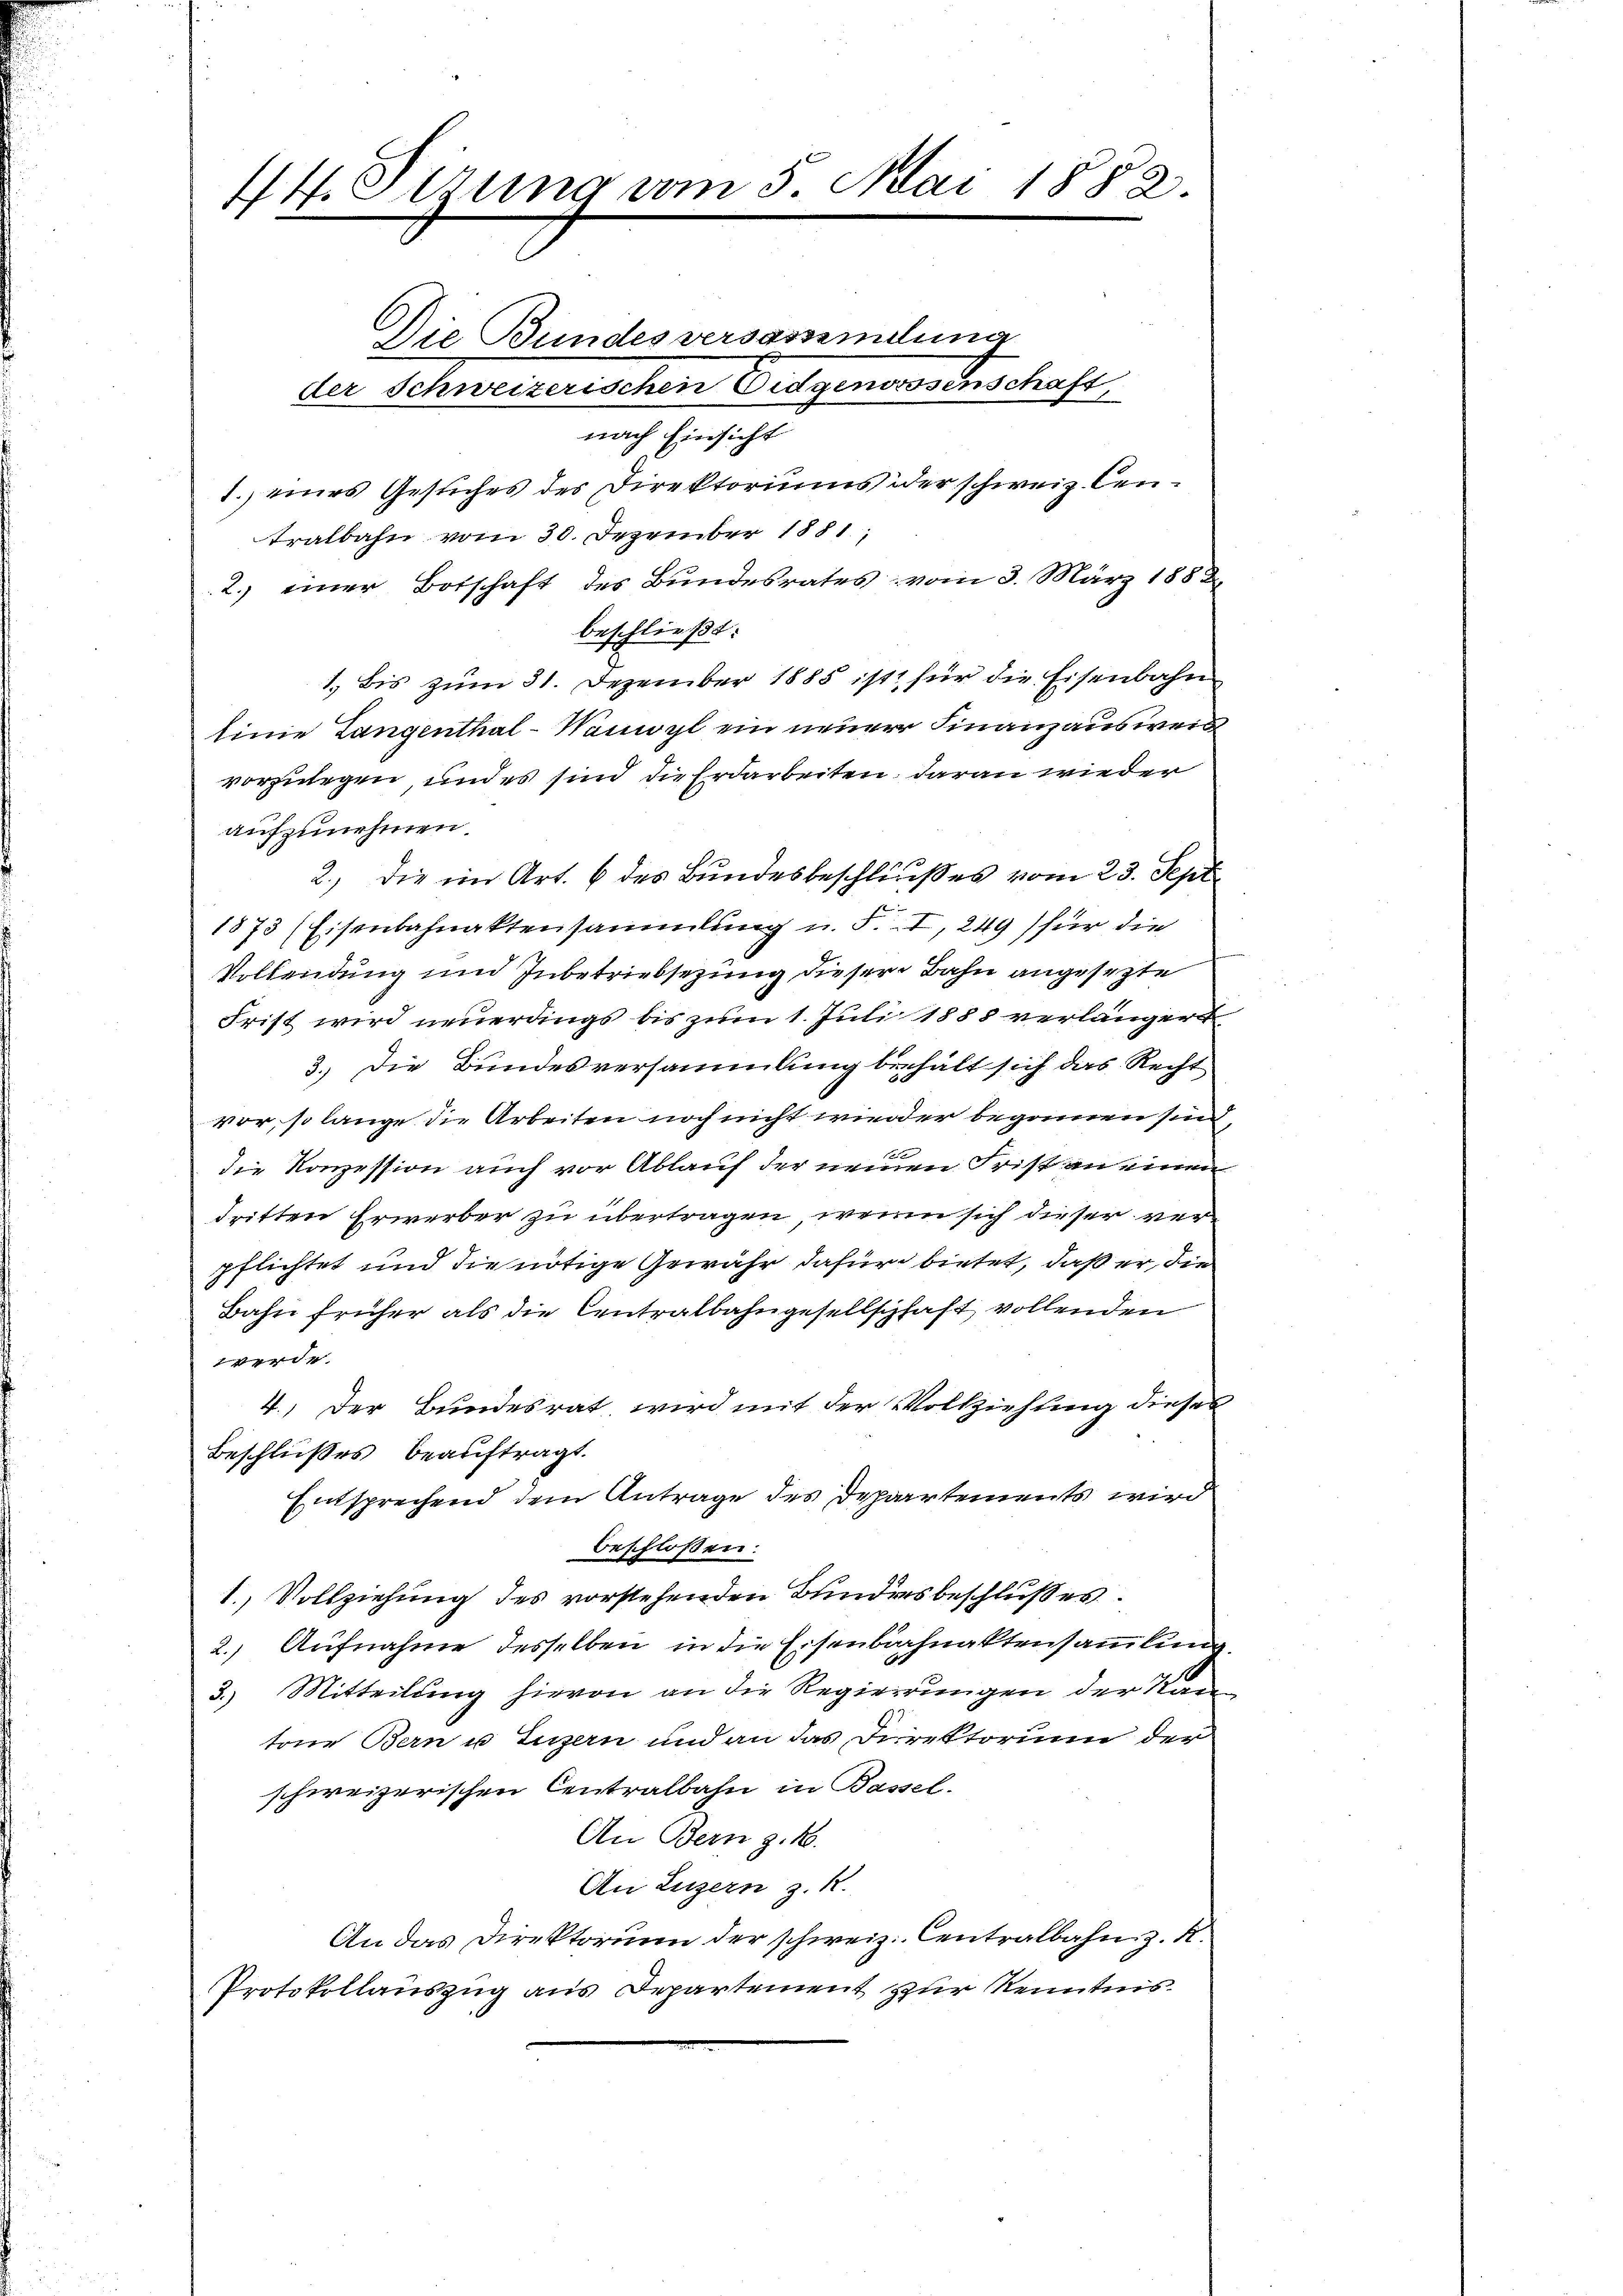
44. Sitzung vom 5. Mai 1882.
Die Bundesversassemelma
der Schweizerischen Eidgenossenschaft
nach Einsicht
1.) eines Gesuches des Direktoriums oder schweiz. Centralbahn vom 30. Dezember 1881,

2.) einer Botschaft des Bundesrates vom 3. März 1882
beschließt:
1. Bis zum 31. Dezember 1885 ist für die Eisenbahn
linie Langenthal-Wamoyl ein neuer Finanzausweis
vorzulegen und es sind die Erdarbeiten, daran wieder
aufzunehmen.
2.) Die im Art. 6 des Bundesbeschlußes vom 23. Sept.
1873 (Eisenbahnaktensammlung u. F. I, 249) für die
Vollendung und Inbetriebsezung dieser Bahn angesezte
Frist wird neuerdings bis zum 1. Juli 1888 verlänger
3.) Die Bundesversammlung behält sich das Recht
vor, so lange die Arbeiten noch nicht wieder begonnen sind,
die Konzession auch vor Ablauf der neuen Frist an einen
dritten Erwerber zu übertragen, wenn sich dieser verpflichtet und die nötige Gewähr dafür bietet, daß er, die
Bahn früher als die Centralbahngesellschaft vollenden
werde
4.) Der Bundesrat, wird mit der Vollziehung dieses
Beschlußes beauftragt.
Entsprechend dem Antrage des Departements wird
beschlossen:
1. Vollziehung des vorstehenden Bundesbeschlußes.
2.) Aufnahme desselben in die Eisenbachnaktensammlung,
3.) Mitteilung hievon an die Regierungen der Kantone Bern u. Luzern und an das Direktorium der
schweizerischen Centralbahn in Bassel.
An Bern z. B.
An Luzern z. R.
An das Direktorium der schweiz. Centralbahn z. R.
Protokollauszug aus Departement zur Kenntnis¬